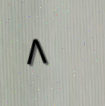
٨